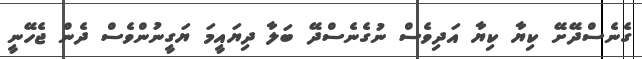
ގެނެސްދޭށޭ ކިޔާ ކިޔާ އަދިވެސް ނުގެނެސްދޭ ބަލާ ދިޔައީމަ ޔަގީނުންވެސް ދެން ޖެހޭނީ